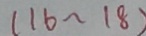
( 1 6 \sim 1 8 )